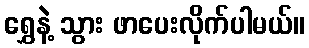
ရွှေနဲ့ သွား ဖာပေးလိုက်ပါမယ်။